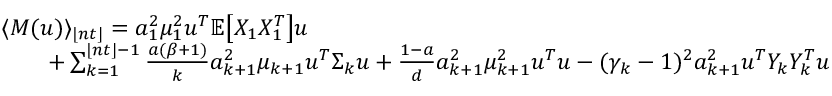
\begin{array} { r l } & { \langle M ( u ) \rangle _ { \lfloor n t \rfloor } = a _ { 1 } ^ { 2 } \mu _ { 1 } ^ { 2 } u ^ { T } \mathbb { E } \big [ X _ { 1 } X _ { 1 } ^ { T } \big ] u } \\ & { \quad \quad + \sum _ { k = 1 } ^ { { \lfloor n t \rfloor } - 1 } \frac { a ( \beta + 1 ) } { k } a _ { k + 1 } ^ { 2 } \mu _ { k + 1 } u ^ { T } \Sigma _ { k } u + \frac { 1 - a } { d } a _ { k + 1 } ^ { 2 } \mu _ { k + 1 } ^ { 2 } u ^ { T } u - ( \gamma _ { k } - 1 ) ^ { 2 } a _ { k + 1 } ^ { 2 } u ^ { T } Y _ { k } Y _ { k } ^ { T } u } \end{array}